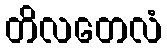
တိလတေလံ